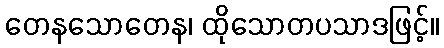
တေနသောတေန၊ ထိုသောတပသာဒဖြင့်။